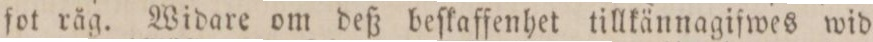
fot råg. Widare om deß beſkaffenhet tillkännagifwes wid